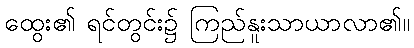
ထွေး၏ ရင်တွင်း၌ ကြည်နူးသာယာလာ၏။